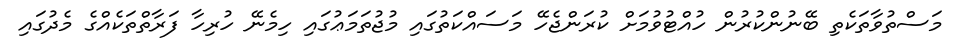
މަސްތުވާތަކެތި ބޭނުންކުރުން ހުއްޓުވުމަށް ކުރަންޖެހޭ މަސައްކަތުގައި މުޖުތަމަޢުގައި ހިމެނޭ ހުރިހާ ފަރާތްތަކެއްގެ މެދުގައި